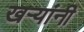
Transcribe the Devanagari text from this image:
खऱ्यांनी